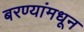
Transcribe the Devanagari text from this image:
बरण्यांमधून